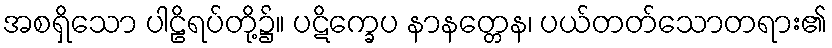
အစရှိသော ပါဠိရပ်တို့၌။ ပဋိက္ခေပ နာနတ္တေန၊ ပယ်တတ်သောတရား၏